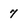
Character: 7